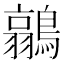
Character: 𮭐